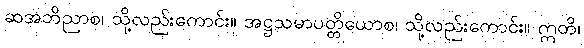
ဆအဘိညာစ၊ သို့လည်းကောင်း။ အဋ္ဌသမာပတ္တိယောစ၊ သို့လည်းကောင်း။ ဣတိ၊